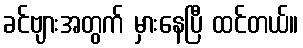
ခင်ဗျားအတွက် မှားနေပြီ ထင်တယ်။